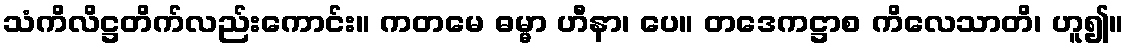
သံကိလိဋ္ဌတိက်လည်းကောင်း။ ကတမေ ဓမ္မာ ဟီနာ၊ ပေ။ တဒေကဋ္ဌာစ ကိလေသာတိ၊ ဟူ၍။